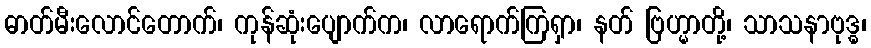
ဓာတ်မီးလောင်တောက်၊ ကုန်ဆုံးပျောက်က၊ လာရောက်ကြရှာ၊ နတ် ဗြဟ္မာတို့၊ သာသနာဗုဒ္ဓ၊